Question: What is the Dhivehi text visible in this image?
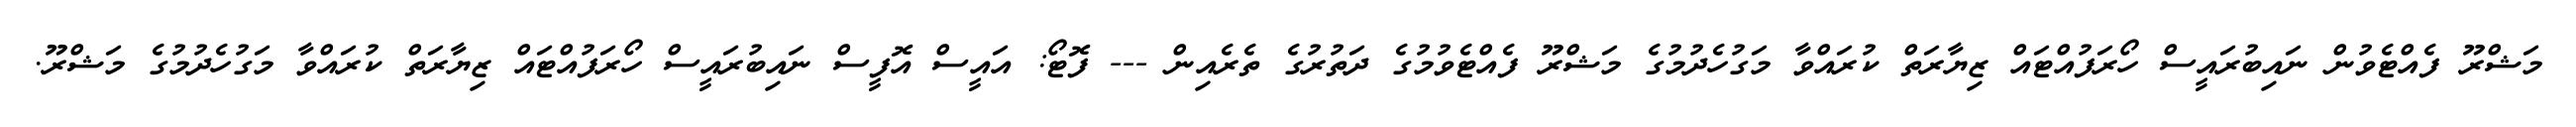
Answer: މަޝްރޫ ފެއްޓެވުން ނައިބުރައީސް ހޯރަފުއްޓައް ޒިޔާރަތް ކުރައްވާ މަގުހެދުމުގެ މަޝްރޫ ފެއްޓެވުމުގެ ދަތުރުގެ ތެރެއިން --- ފޮޓޯ: އައީސް އޮފީސް ނައިބުރައީސް ހޯރަފުއްޓައް ޒިޔާރަތް ކުރައްވާ މަގުހެދުމުގެ މަޝްރޫ.